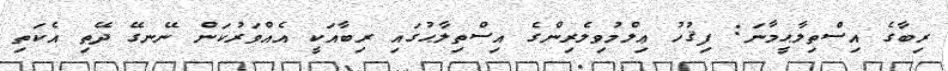
ރިބާގެ އިސްތިލާޙީމާނަ: ފިޤުހު ޢިލްމުވިލެރިންގެ އިސްތިލާޙުގައި ރިބާއަކީ އެއްވަރުކަން ނޭނގޭ ދޭތި އެކަތި